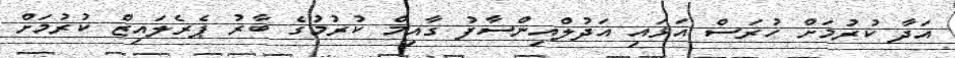
އަދާ ކުރުމަށް ހުރަސް އަޅައި އަދުލްއިންސާފު ގާއިމް ކުރުމުގެ ބާރު ޕެރެލައިޒް ކުރުމަށް